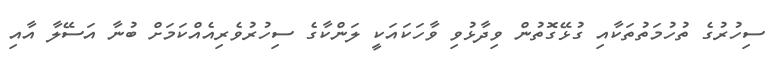
ސިހުރުގެ ތުހުމަތުތަކާއި ގުޅޭގޮތުން ވިދާޅުވި ވާހަކައަކީ ލަންކާގެ ސިހުރުވެރިއެއްކަމަށް ބުނާ އަސޭލާ އާއި